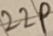
Text: 22P